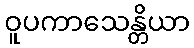
ဝူပကာသေန္တိယာ